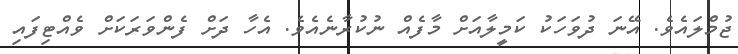
ޖުމްލައެވެ. އޭނަ ދުވަހަކު ކަމީލާއަށް މާފެއް ނުކުރާނެއެވެ. އެހާ ދަށް ފެންވަރަކަށް ވެއްޓިފައި